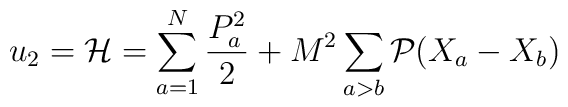
u_{2}={\cal H}=\sum_{a=1}^{N} \frac{P_{a}^{2}}{2} + M^{2} \sum_{a>b} {\cal P}(X_{a}-X_{b})